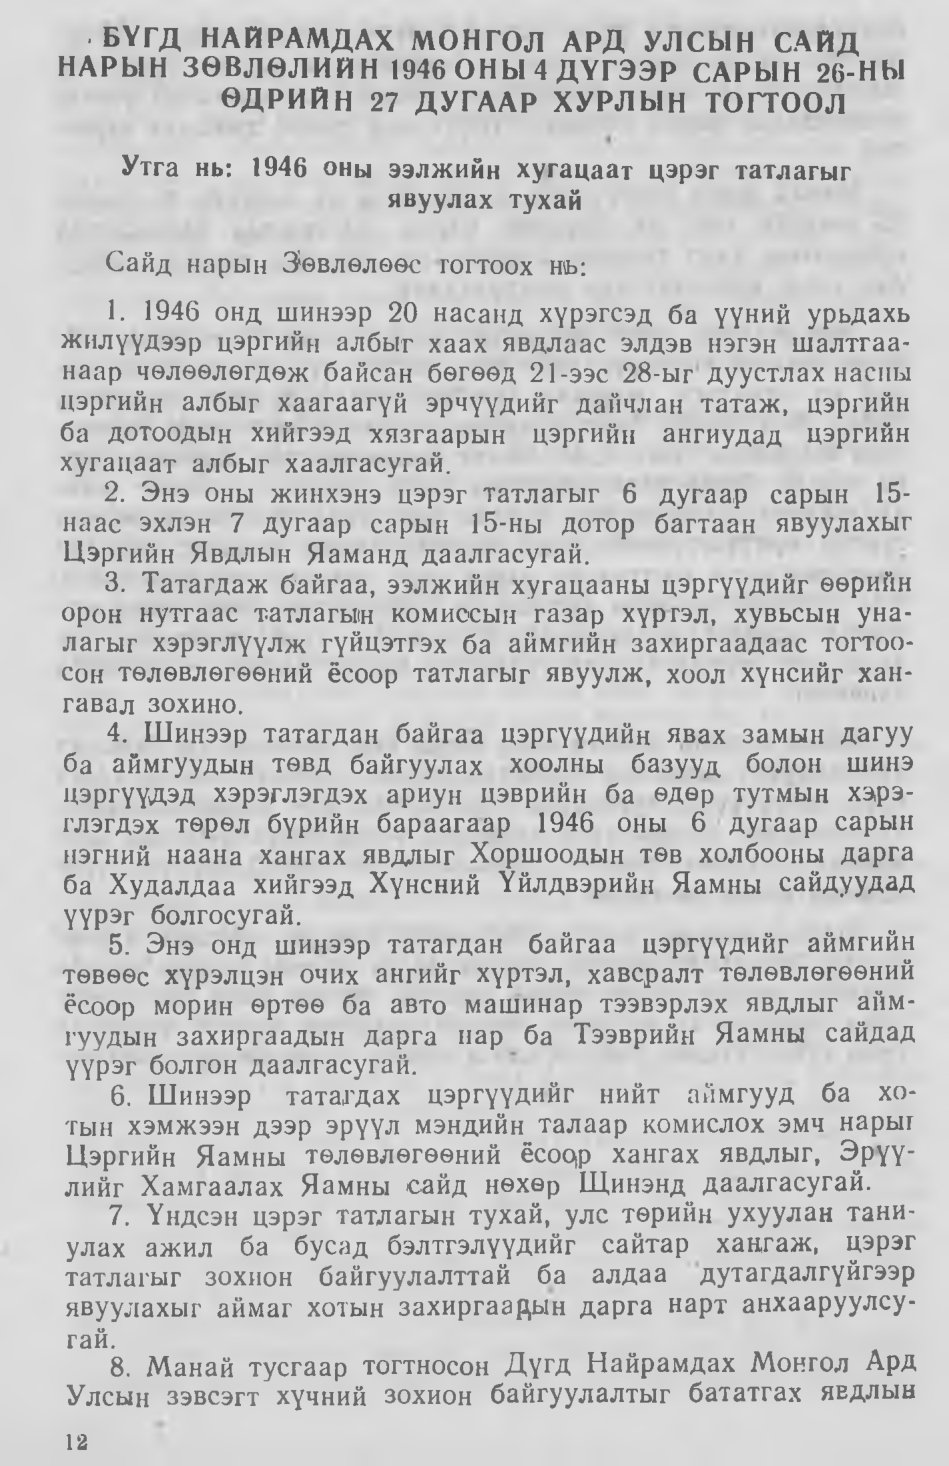
Language: mn